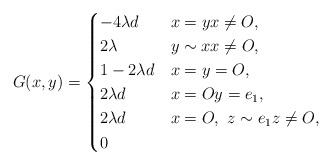
\begin{align*}G(x,y)=\begin{cases}-4\lambda d & x=yx\neq O,\\2\lambda & y\sim x x\neq O,\\1-2\lambda d & x=y=O,\\2\lambda d & x=Oy=e_1,\\2\lambda d & x=O,~z\sim e_1 z\neq O, \\0 &\end{cases}\end{align*}